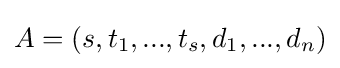
A=(s,t_{1},...,t_{s},d_{1},...,d_{n})